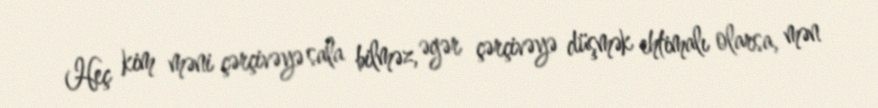
Heç kim məni çərçivəyə sala bilməz, əgər çərçivəyə düşmək ehtimalı olarsa, mən